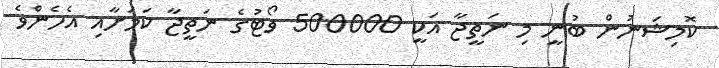
ކޮމިޝަނުން ބުނީ މި ނަތީޖާ އަކީ 500000 ވޯޓުގެ ނަތީޖާ ކަމަށާއި އެހެންވެ